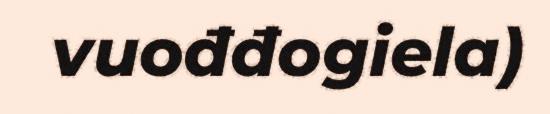
vuođđogiela)